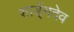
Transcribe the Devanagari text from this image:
शार्ङ्‌गदेव